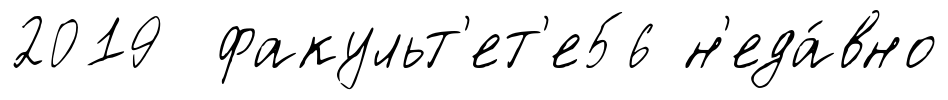
2019 факульт'ет'е56 н'еда́вно